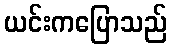
ယင်းကပြောသည်